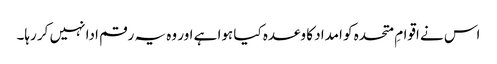
اس نے اقوامِ متحدہ کو امداد کا وعدہ کیا ہوا ہے اور وہ یہ رقم ادا نہیں کر رہا۔